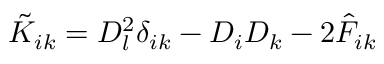
\tilde { K } _ { i k } = D _ { l } ^ { 2 } \delta _ { i k } - D _ { i } D _ { k } - 2 \hat { F } _ { i k }